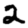
Digit: 2